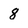
Character: 8